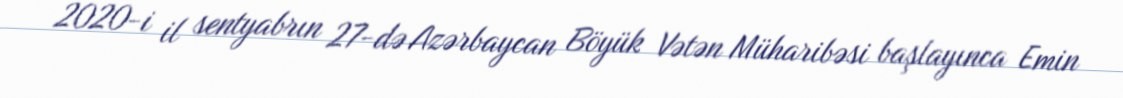
2020-i il sentyabrın 27-də Azərbaycan Böyük Vətən Müharibəsi başlayınca Emin